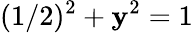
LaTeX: (1/2)^{2}+\mathbf{y}^{2}=1